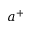
a ^ { + }